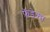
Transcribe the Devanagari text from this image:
फ़ॅडेक्स